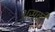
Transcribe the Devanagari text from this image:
अस्की